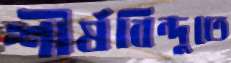
শীর্ষবিন্দুতে